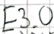
Text: E3.0